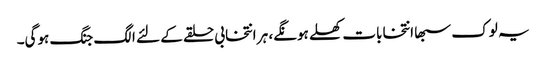
یہ لوک سبھا انتخابات کھلے ہونگے، ہر انتخابی حلقے کے لئے الگ جنگ ہوگی۔